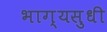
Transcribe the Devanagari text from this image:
भाग्यसुधी